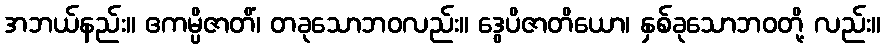
အဘယ်နည်း။ ဧကမ္ပိဇာတိံ၊ တခုသောဘဝလည်း။ ဒွေပိဇာတိယော၊ နှစ်ခုသောဘဝတို့ လည်း။